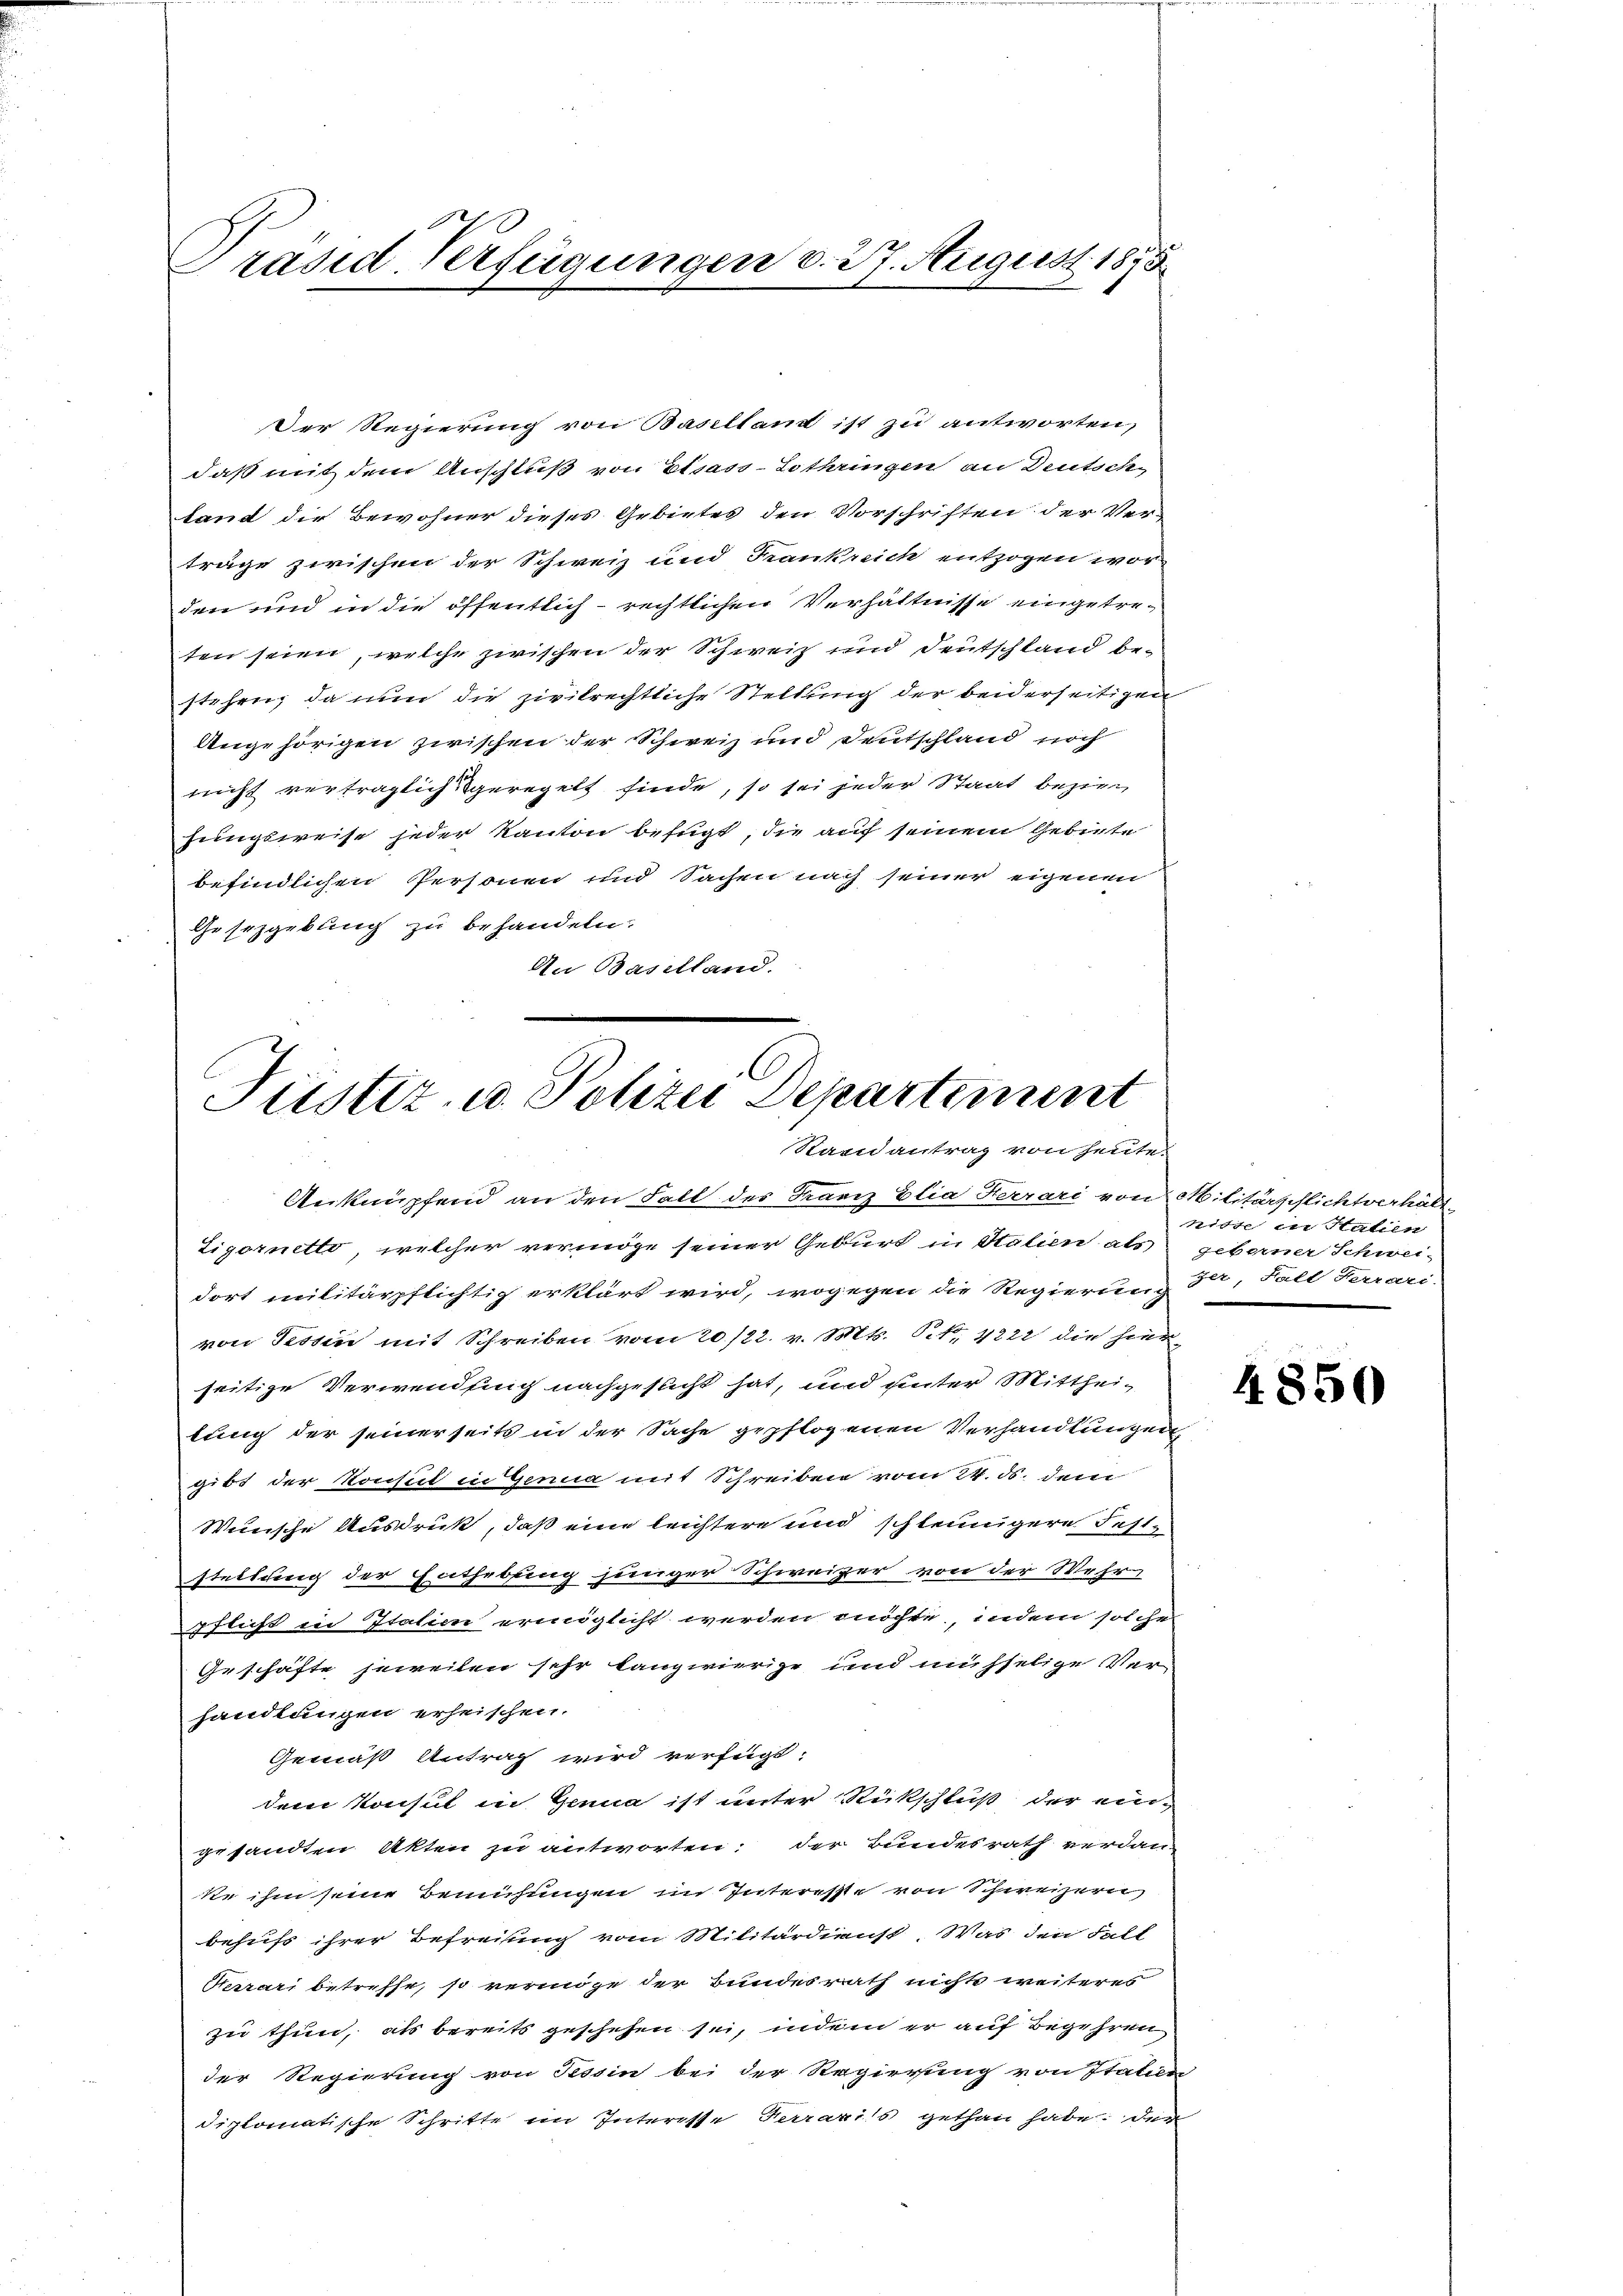
Präsid-Verfügungen v. 27. August 1875

Der Regierung von Basellant ist zu antworten,
daß mit dem Anschluß von Elsass-Lothringen an Deutsch
tand die Bewohner dieses Gebietes den Vorschriften der Ver-
träge zwischen der Schweiz und Krankreich entzogen wor
den und in die öffentlich-rechtlichen Verhältnisse eingetreten seien, welche zwischen der Schweiz und Deutschland be-
stehen, da nun die zivilrechtliche Stellung der beiderseitigen
Ungehörigen zwischen der Schweiz und Deutschland noch
nicht vertraglich geregelt finde, so sei jeder Staat bezien
hungsweise jeder Kanton befugt, die auf seinem Gebiete
befindlichen Personen und Sachen nach seiner eigenen
Gesetzgebung zu behandeln.
An Baselland.

Justiz u. Polizei Departement
Stain antrag von heute.

Anknüpfend an den Fall des Franz Elia Ferrari von Militärschlichtverhält-
Ligornetto, welcher vermöge seiner Geburt in Stalien als geborner Schwei-
dort militärpflichtig erklärt wird, wogegen die Regierung 34, Fall Ferrari-
von Tessin mit Schreiben vom 20./22. v. Mts. S. 4222 die hier
seitige Verwendung nachgeslicht hat, und unter Mittheilung der seinerseits in der Sache gepflogenen Verhandlungen
gibt der Konsul in Genua mit Schreiben vom 24. ds. dem
Winische Ausdruck, daß eine leichtere und schleunigere Feststellung der Enthebung junger Schweizer von der Wehr
pflicht in Italien ermöglicht werden möchte, indem solche
Geschäfte jeweilen sehr langwierige und mühselige Ver-
handlungen erheischen.
Gemäß Antrag wird verfügt:
dem Konsul in Genua ist unter Rückschluß der eingesandten Akten zu antworten: der Bundesrath verdan-
se ihm seine Bemühungen im Interesste von Schweizern)
behufs ihrer Befreiung vom Militärdienst. Was den Fall
Serrari betreffe, so vermöge der Bundesrath nichts weiteres
zu thun, als bereits geschehen sei, indem er auf Begehren
der Regierung von Tessin bei der Regierung von Italien
diplomatische Schritte im Interesse Ferrariis gethan habe; der

nisse in Halien

4850